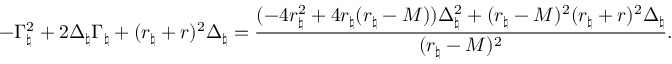
- \Gamma _ { \natural } ^ { 2 } + 2 \Delta _ { \natural } \Gamma _ { \natural } + ( r _ { \natural } + r ) ^ { 2 } \Delta _ { \natural } = \frac { ( - 4 r _ { \natural } ^ { 2 } + 4 r _ { \natural } ( r _ { \natural } - M ) ) \Delta _ { \natural } ^ { 2 } + ( r _ { \natural } - M ) ^ { 2 } ( r _ { \natural } + r ) ^ { 2 } \Delta _ { \natural } } { ( r _ { \natural } - M ) ^ { 2 } } .